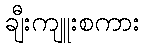
ချီးကျူးစကား